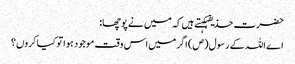
حضرت حذیفہکہتے ہیں کہ میں نے پوچھا:
اے اللہ کے رسول(ص) اگر میں اس وقت موجود ہوا تو کیا کروں؟